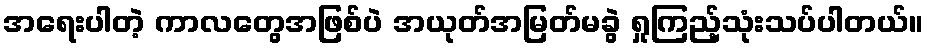
အရေးပါတဲ့ ကာလတွေအဖြစ်ပဲ အယုတ်အမြတ်မခွဲ ရှုကြည့်သုံးသပ်ပါတယ်။